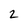
Character: 2